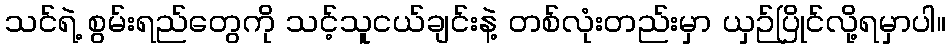
သင်ရဲ့ စွမ်းရည်တွေကို သင့်သူငယ်ချင်းနဲ့ တစ်လုံးတည်းမှာ ယှဉ်ပြိုင်လို့ရမှာပါ။